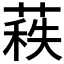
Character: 𦷍